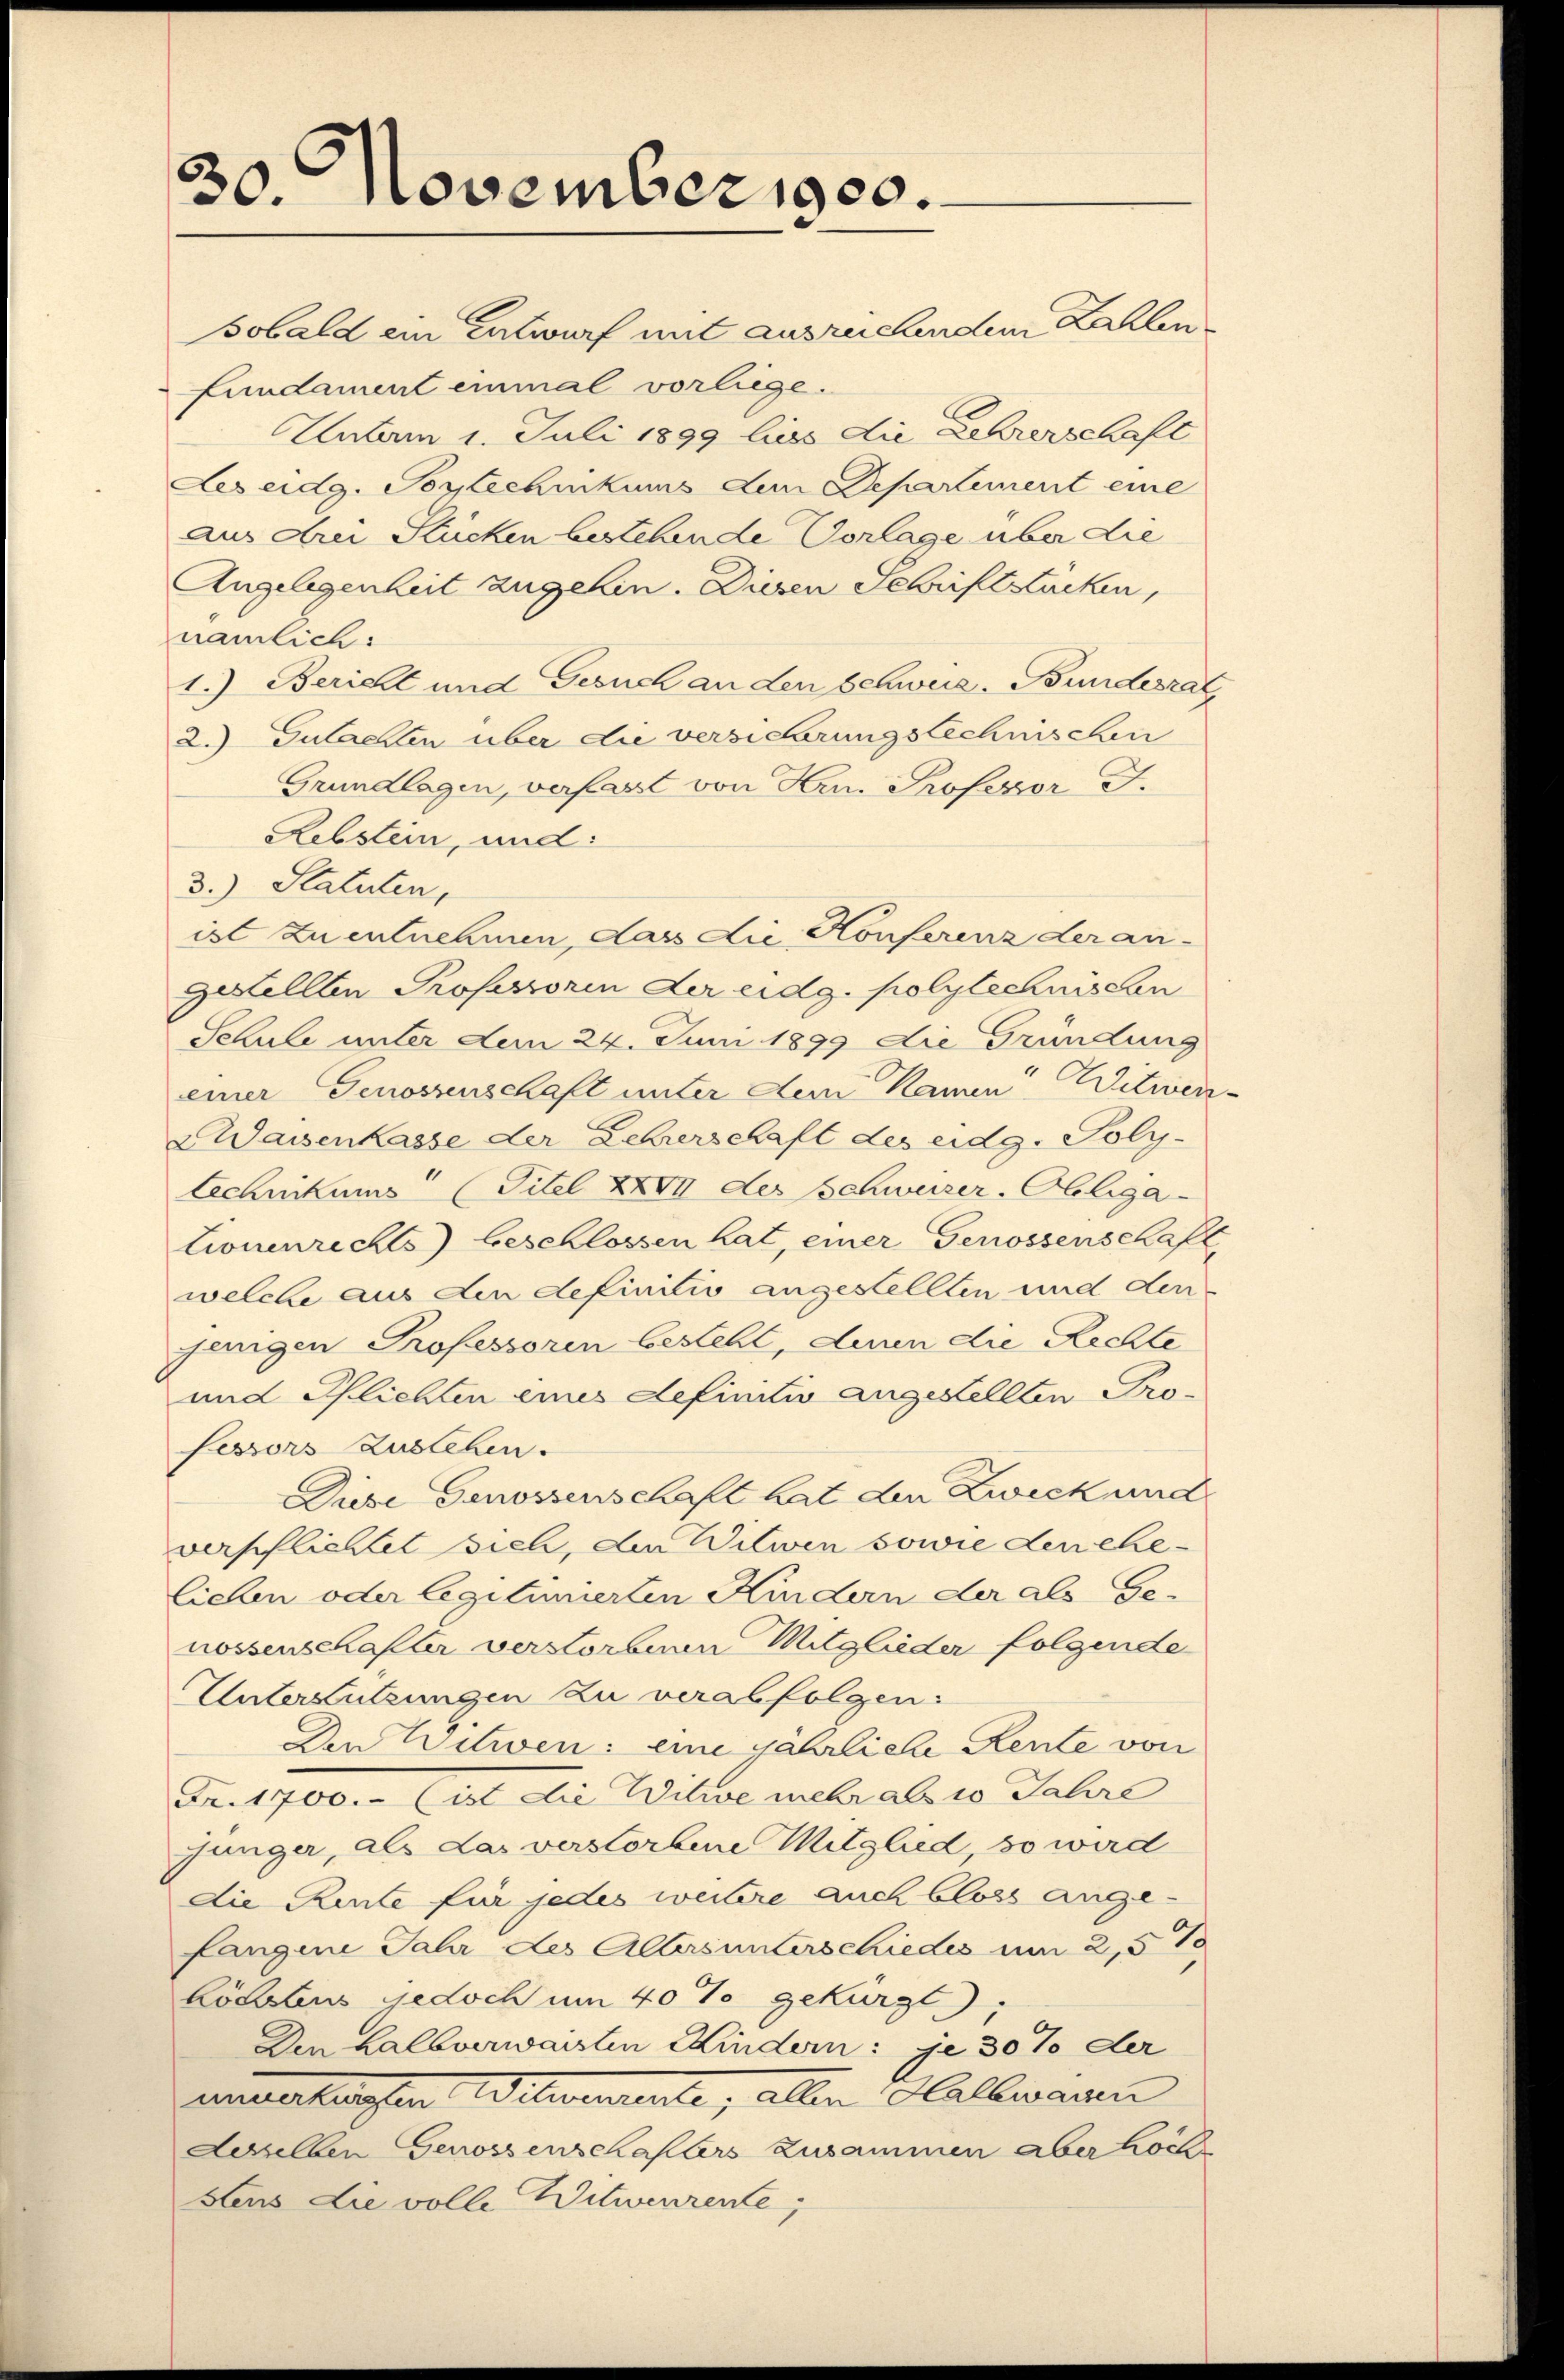
30. November 1900.

sobald ein Entwurf mit ausreichendem Zahlen
Fundament einmal vorliege.
Unterm 1. Juli 1899 lies die Lehrerschaft
Les eidg. Soytechnikums dem Departement eine
aus drei Stücken bestehende Vorlage über die
Angelegenheit zugehen. Diesen Schriftstücken,
nämlich:
1.) Bericht und Gesuch an den Schweiz. Bundesrat
2.) Gutachten über die versicherungstechnischen
Grundlagen, verfast von Hrn. Professor J.
Rebstein, und:
3.) Statuten,
ist zu entnehmen, dass die Konferenz der an-
gestellten Professorin der eidg. polytechnischen
Schule unter dem 24. Juni 1899 die Gründung
einer Genossenschaft unter dem Namen Witwen
Waisenkasse der Lehrerschaft des eidg. Poly-
technikums (Titel XXVII der Schwuser, Obliga
tionenrechts) beschlossen hat, einer Genossenschaft
welche aus den definitio angestellten und der
jagen Professoren besteht, denn die Rechte
und Schlichten eines definitiv angestellten Professors Zubleben.
Piese Genossenschaft hat den Zweck und
verpflichtet sich, den Witwen sowie den eheliehen oder legitimierten Kindern der als Ge-
nossenschafter verstorbenen Mitglieder folgende
Unterstützungen zu verabfolgen.
An Witwen: eine jährliche Rente von
Fr. 1700.- (ist die Witwe mehr als 10 Jahre
junger, als das verstorbene Mitglied so wird
die Rente für jedes weitere auch bloss angefangene Jahr des Altersunterschiedes um 2,5 %
Bölstens jedoch um 40% gekürzt,
Den halbverwaisten Kindern: je 30% der
nnmaterschen Witwendente, allen Hallwaren
desselben Genossenschafters zusammen aber höch
stens die volle Witwerrente,